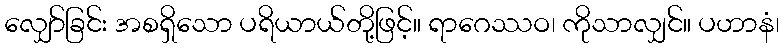
လျှော်ခြင်း အစရှိသော ပရိယာယ်တို့ဖြင့်။ ရာဂေဿဝ၊ ကိုသာလျှင်။ ပဟာနံ၊